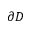
\partial D